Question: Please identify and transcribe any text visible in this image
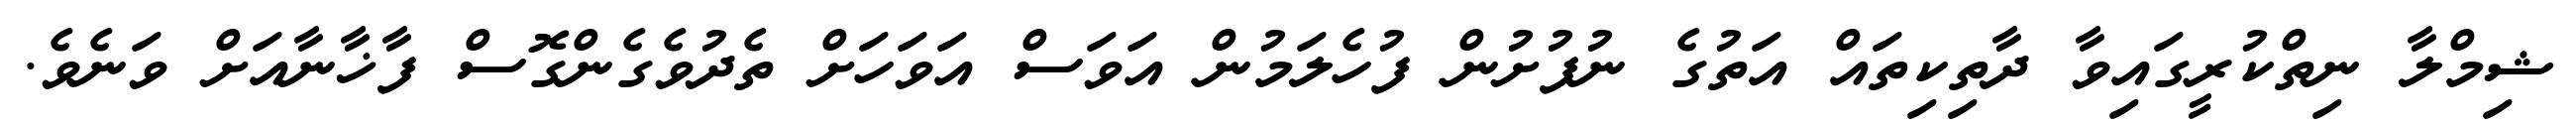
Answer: ޝިމްލާ ނިތްކުރީގައިވާ ދާތިކިތައް އަތުގެ ނުފުށުން ފުހެލަމުން އަވަސް އަވަހަށް ތެދުވެގެންގޮސް ފާޚާނާއަށް ވަނެވެ.